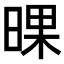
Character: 𣇫